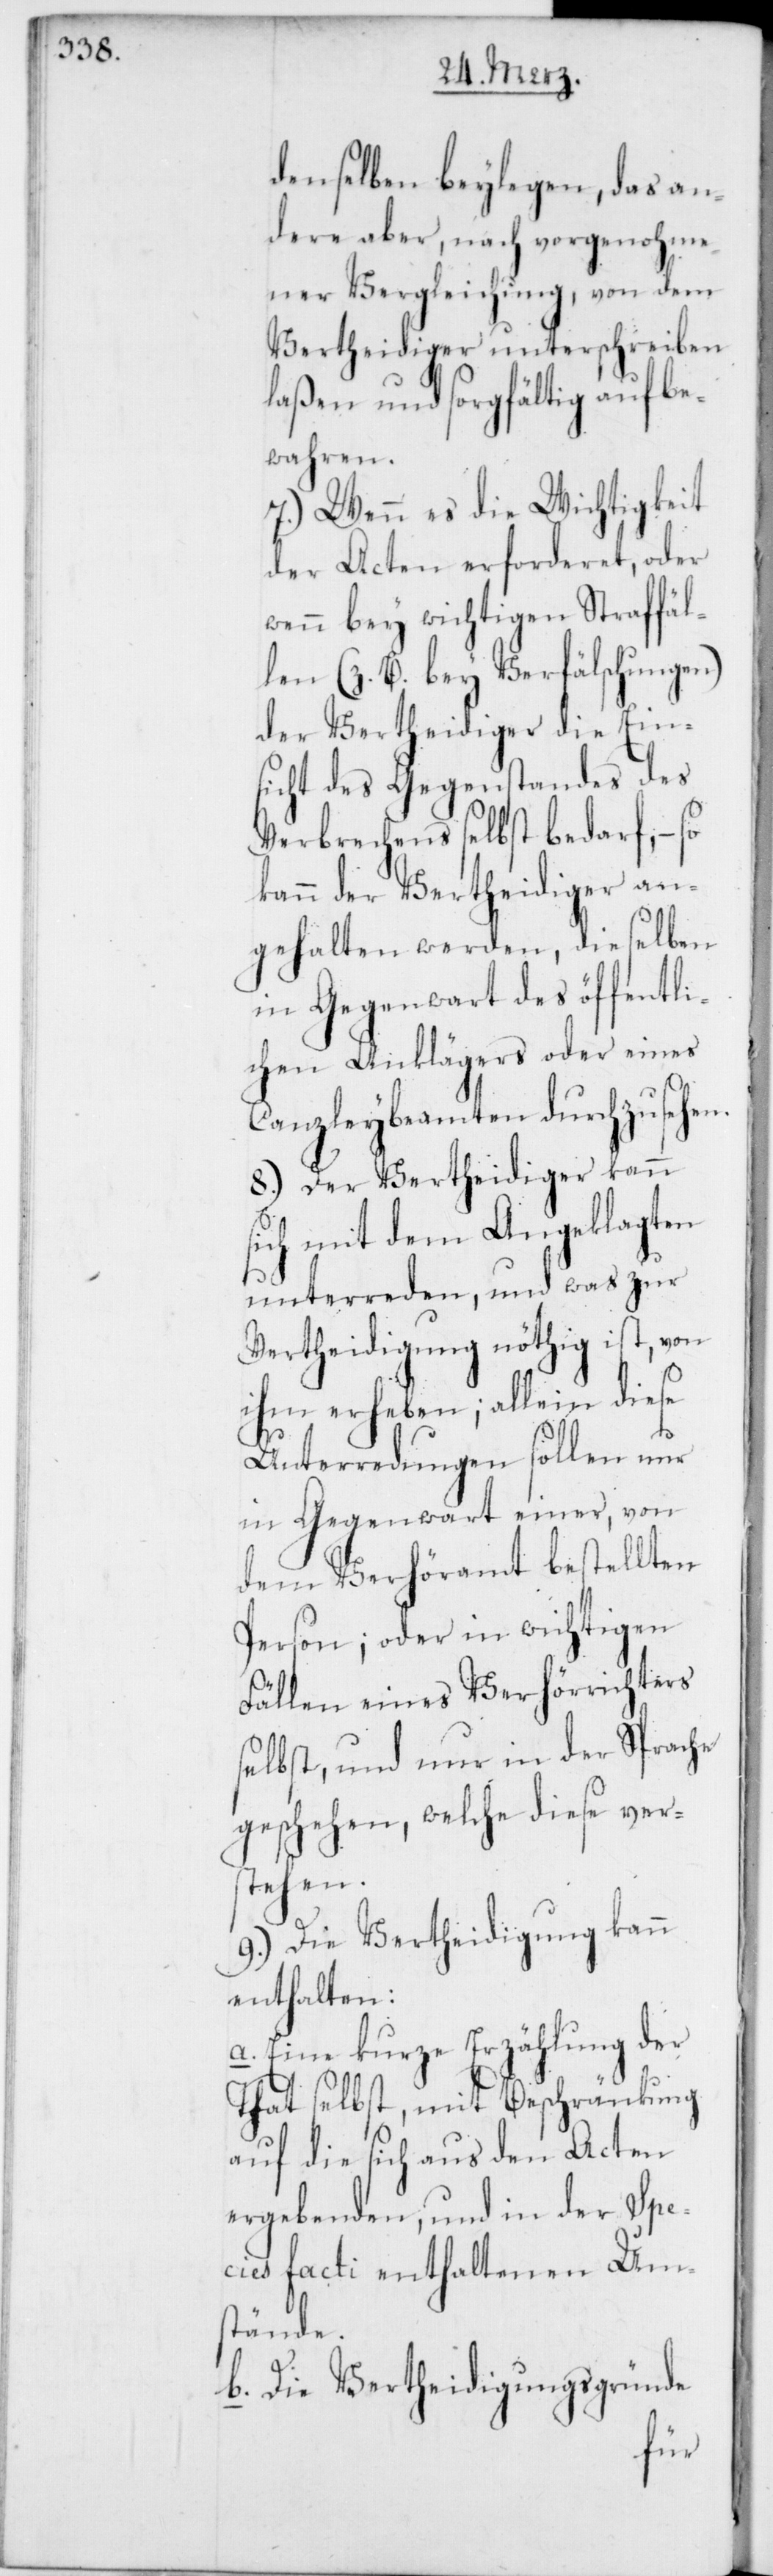
denselben beylegen, das an¬
dere aber, nach vorgenohme¬
ner Vergleichung, von dem
Vertheidiger unterschreiben
laßen und sorgfältig aufbe¬
wahren.
7.) Wenn es die Wichtigkeit
der Acten erforderet, oder
wenn bey wichtigen Straffäl¬
len (z. B. bey Verfälschungen)
der Vertheidiger die Ein¬
sicht des Gegenstandes des
Verbrechens selbst bedarf, –
kann der Vertheidiger an¬
gehalten werden, dieselben
in Gegenwart des öffentli¬
chen Anklägers oder eines
Canzleybeamten durchzusehen.
8.) Der Vertheidiger kann
sich mit dem Angeklagten
unterreden, und was zur
Vertheidigung nöthig ist, von
ihm erheben; allein diese
Unterredungen sollen nur
in Gegenwart einer, von
dem Verhöramt bestellten
Person; oder in wichtigen
Fällen eines Verhörrichters
selbst, und nur in der Sprache
geschehen, welche diese ver¬
stehen.
9.) Die Vertheidigung kann
enthalten:
a. Eine kurze Erzählung der
That selbst, mit Beschränkung
auf die sich aus den Acten
ergebenden, und in der Spe¬
cies facti enthaltenen Um¬
stände.
b. Die Vertheidigungsgründe